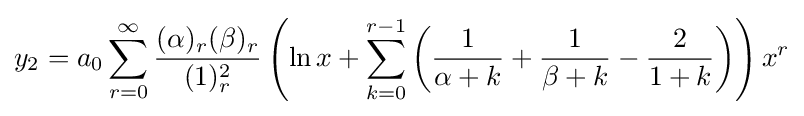
y_{2}=a_{0}\sum _{r=0}^{\infty }{\frac {(\alpha )_{r}(\beta )_{r}}{(1)_{r}^{2}}}\left(\ln x+\sum _{k=0}^{r-1}\left({\frac {1}{\alpha +k}}+{\frac {1}{\beta +k}}-{\frac {2}{1+k}}\right)\right)x^{r}